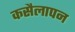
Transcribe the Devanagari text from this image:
कसैलापन